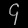
Digit: ၄